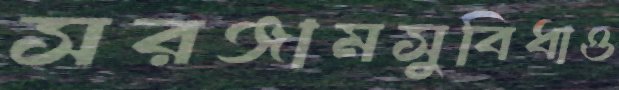
সরঞ্জামসুবিধাও